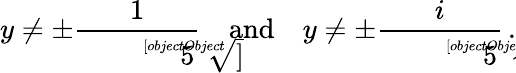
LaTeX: y\neq\pm{\frac{1}{\sqrt[[objectObject]]{5}}}\quad{\mathrm{and}}\quad y\neq\pm{\frac{i}{\sqrt[[objectObject]]{5}}}\, .